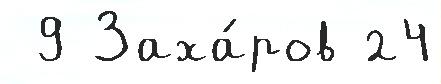
 9 Заха́ров 24